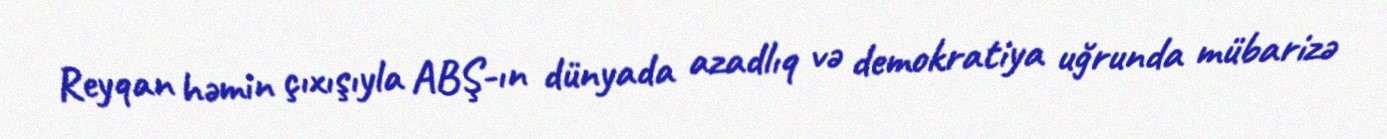
Reyqan həmin çıxışıyla ABŞ-ın dünyada azadlıq və demokratiya uğrunda mübarizə